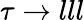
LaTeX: \tau\to lll